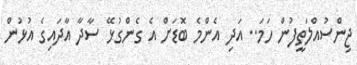
ޖިންސުއްލަތީފުން ހަމަ.. އަދި އެންމެ ބޮޑަށް އެ ގެންގުޅޭ ސާދާ އާދައިގެ އުޅުން